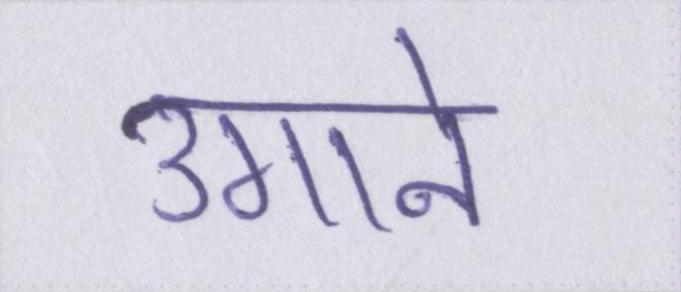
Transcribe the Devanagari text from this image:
उगाने